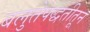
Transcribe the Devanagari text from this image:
बलुतेपद्धतीतून